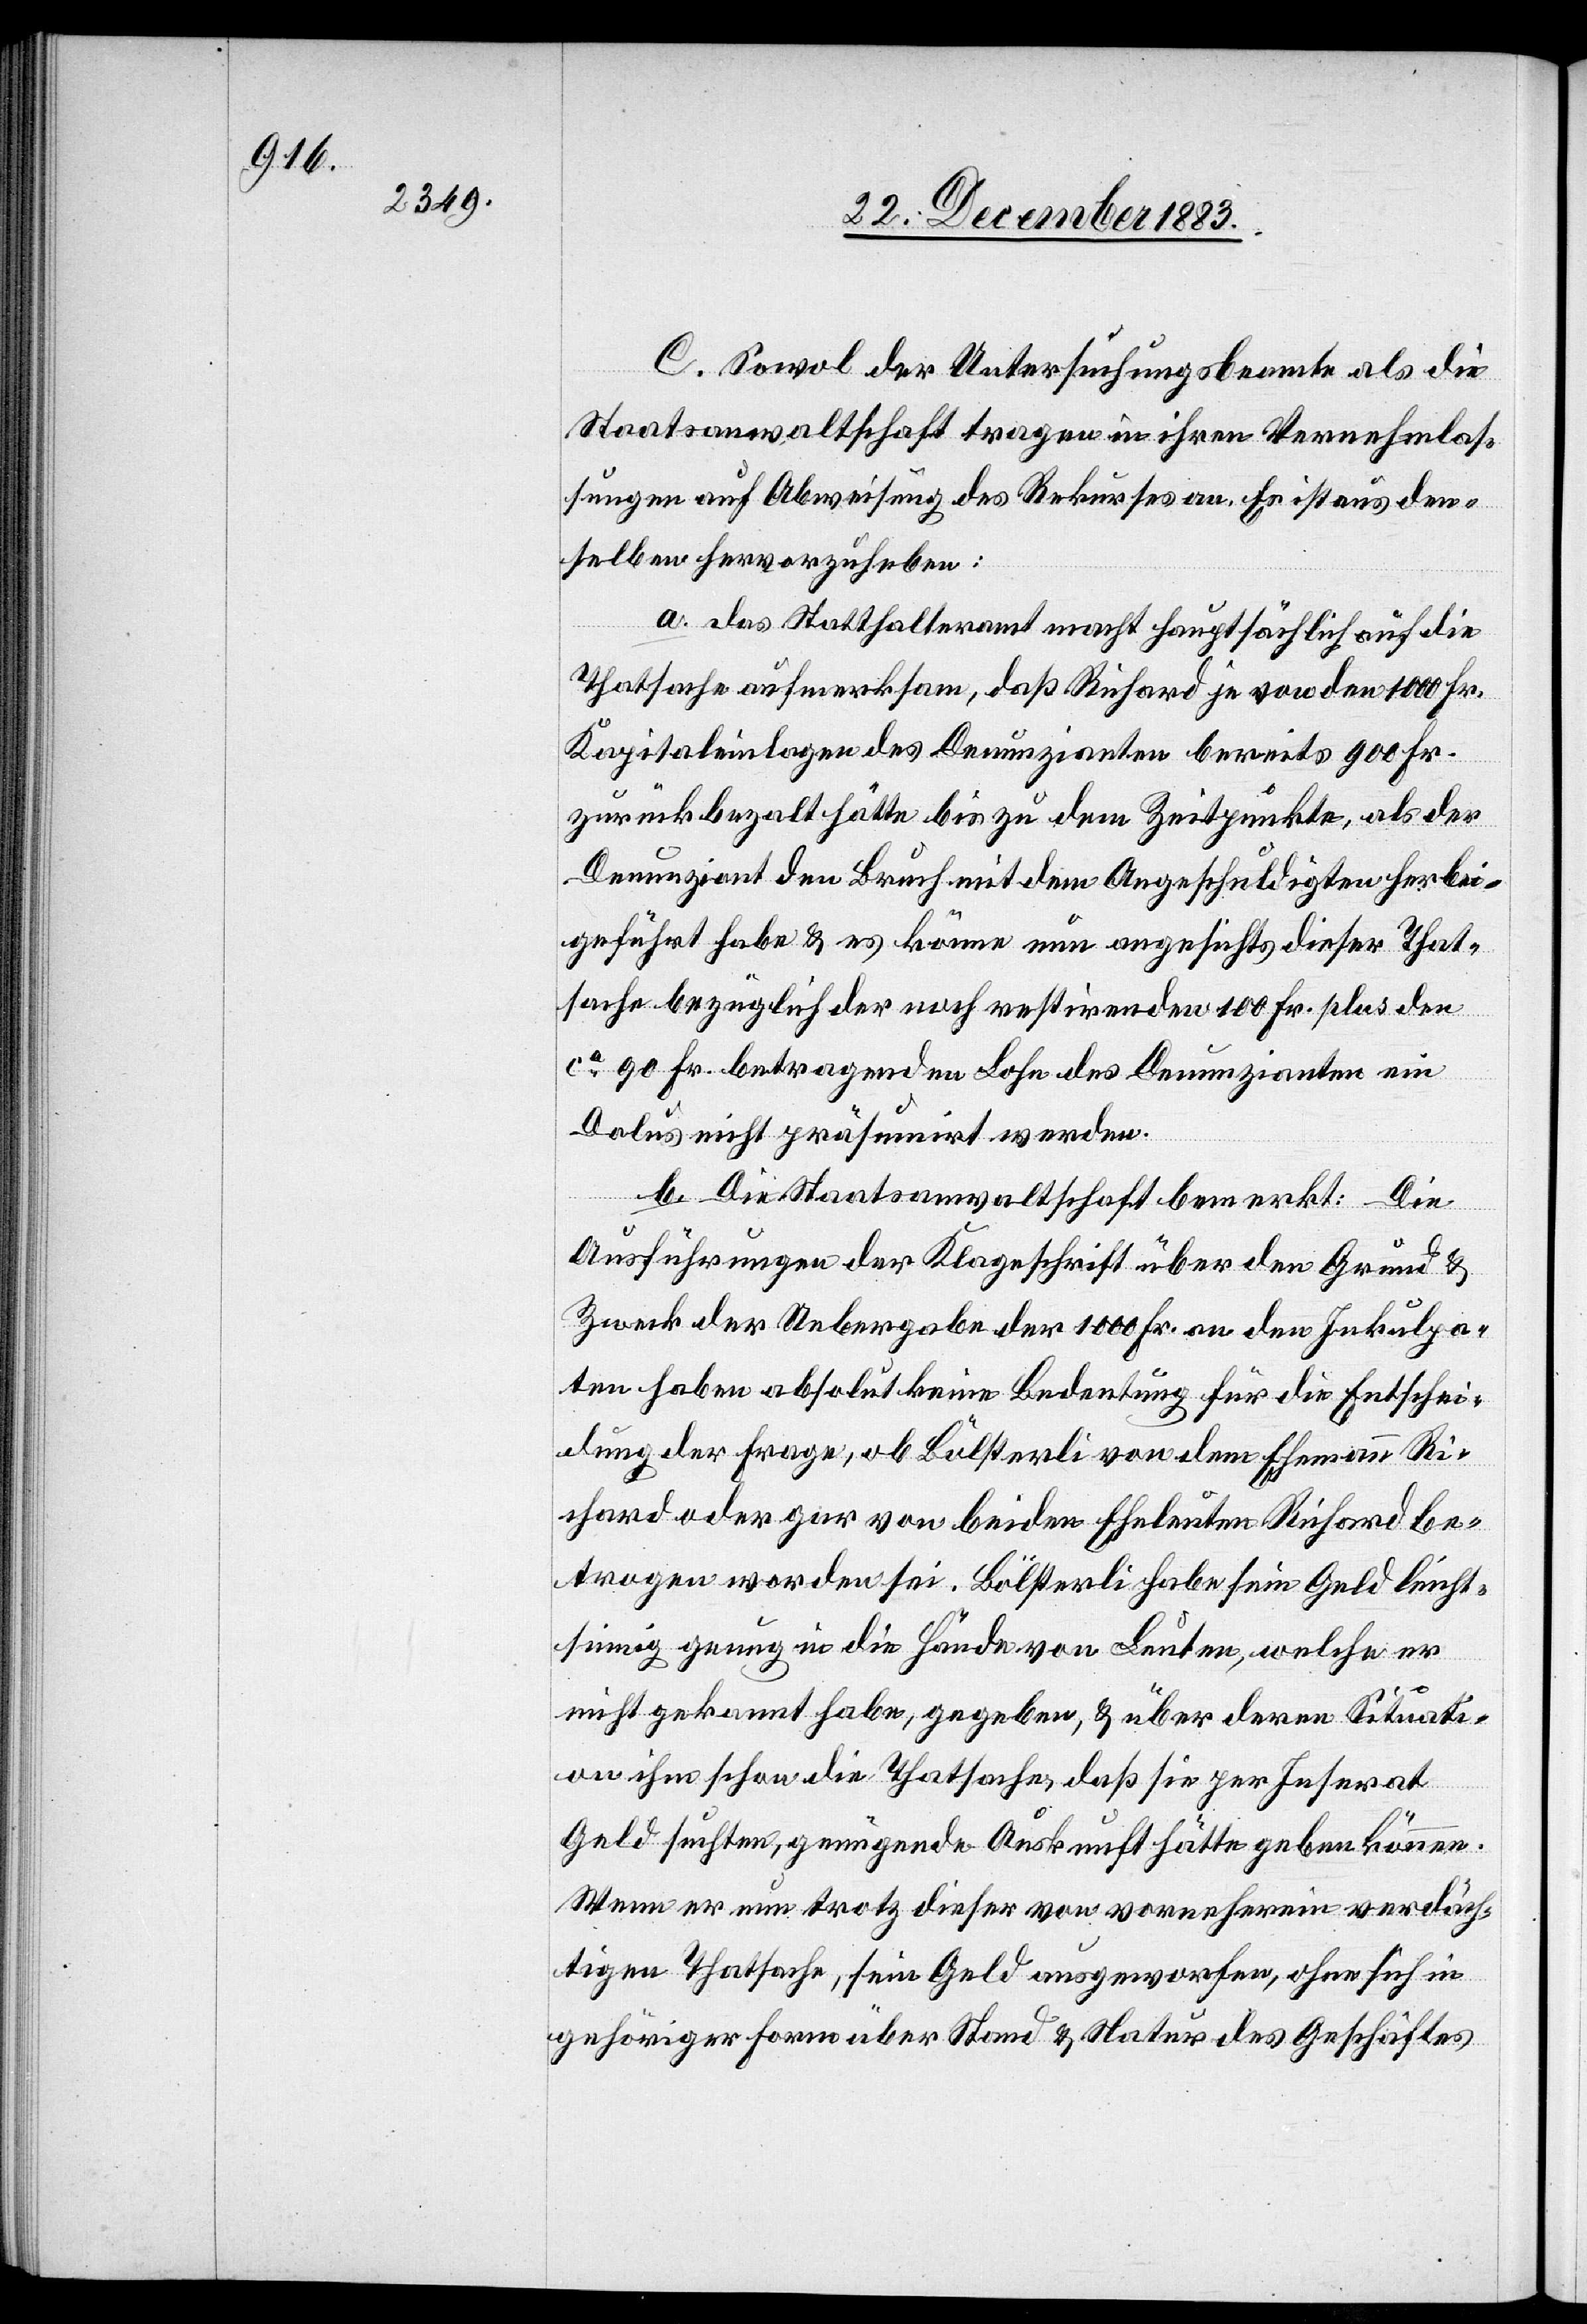
C. Sowol der Untersuchungsbeamte als die
Staatsanwaltschaft tragen in ihren Vernehmlas¬
sungen auf Abweisung des Rekurses an. Es ist aus den¬
selben hervorzuheben:
a. das Statthalteramt macht hauptsächlich auf die
Thatsache aufmerksam, daß Richard je von den 1000 Fr.
Kapitaleinlagen des Denunzianten bereits 900 Fr.
zurückbezahlt hätte bis zu dem Zeitpunkte, als der
Denunziant den Bruch mit dem Angeschuldigten herbei¬
geführt habe & es käme nun angesichts dieser That¬
sache bezüglich der noch restirenden 100 Fr. plus den
ca 90 Fr. betragenden Lohn des Denunzianten ein
Dolus nicht präsumirt werden.
b. Die Staatsanwaltschaft bemerkt: Die
Ausführungen der Klageschrift über den Grund &
Zweck der Uebergabe der 1000 Fr. an den Inkulpa¬
ten haben absolut keine Bedeutung für die Entschei¬
dung der Frage, ob Bölsterli von dem Ehemann Ri¬
chard oder gar von beiden Eheleuten Richard be¬
trogen worden sei. Bölsterli habe sein Geld leicht¬
sinnig genug in die Hände von Leuten, welche er
nicht gekannt habe, gegeben, daß sie per Inserat
Geld suchten, genügende Auskunft hätte geben können.
Wenn er nun trotz dieser von vornherein verdäch¬
tigen Thatsache, sein Geld ausgeworfen, ohne sich in
gehöriger Form über Stand & Natur des Geschäftes